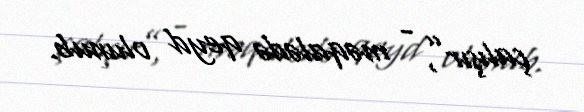
çalışır”, - məqalədə qeyd olunub.